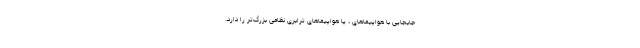
جابجایی با هواپیماهای ، یا هواپیماهای ترابری نظامی بزرگ‌تر را دارد.